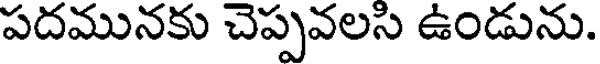
పదమునకు చెప్పవలసి ఉండును.